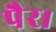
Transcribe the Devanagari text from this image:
पैर।